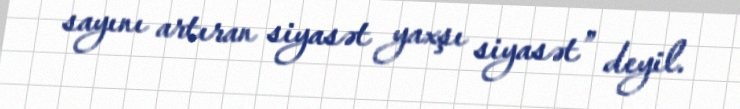
sayını artıran siyasət yaxşı siyasət” deyil.